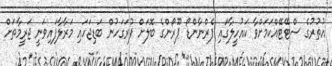
އުތުރުގެ ސްޓޭޓޭއްކަމަށްވާ ކައުހީލާގައި ފެރްނާންޑޯ ޕޫރޯންގެ ބޮލަށް ފުރަގަހުން ބަޑިޖަހައި މަރާލާފައިވަނީ ޖަރީމާތަށް